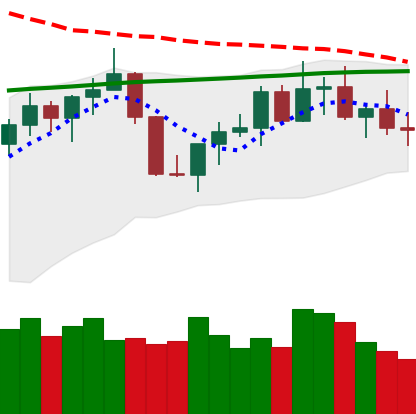
Ticker: TRX-USD
Chart end date: 2022-07-23
Forward return: 4.177%
Label: up_3_5